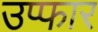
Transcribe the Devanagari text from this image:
उप्फार